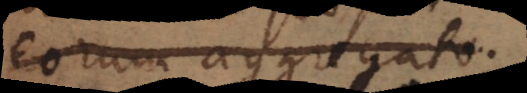
eorum aggregatum